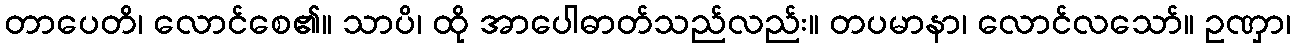
တာပေတိ၊ လောင်စေ၏။ သာပိ၊ ထို အာပေါဓာတ်သည်လည်း။ တပမာနာ၊ လောင်လသော်။ ဥဏှာ၊